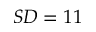
S D = 1 1